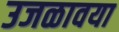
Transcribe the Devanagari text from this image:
उजळावया